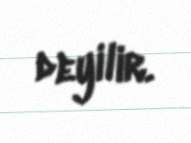
deyilir.